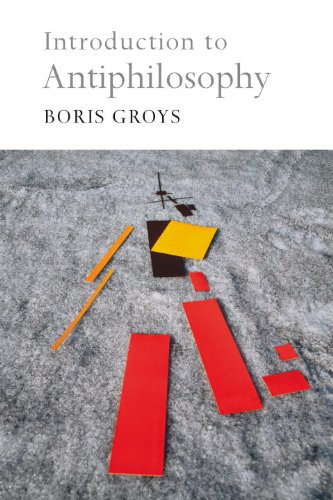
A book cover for Introduction to Antiphilosophy; Boris Groys; Politics & Social Sciences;